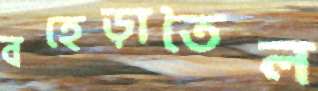
বহেড়াতৈল